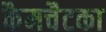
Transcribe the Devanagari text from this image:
कैमचैटका